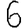
Digit: 6